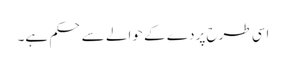
اسی طرح پردے کے حوالے سے حکم ہے۔